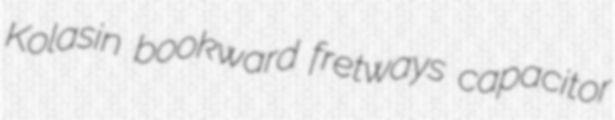
Kolasin bookward fretways capacitor